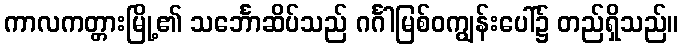
ကာလကတ္တားမြို့၏ သင်္ဘောဆိပ်သည် ဂင်္ဂါမြစ်ဝကျွန်းပေါ်၌ တည်ရှိသည်။